[Report on the health of British troops in the Madras command]
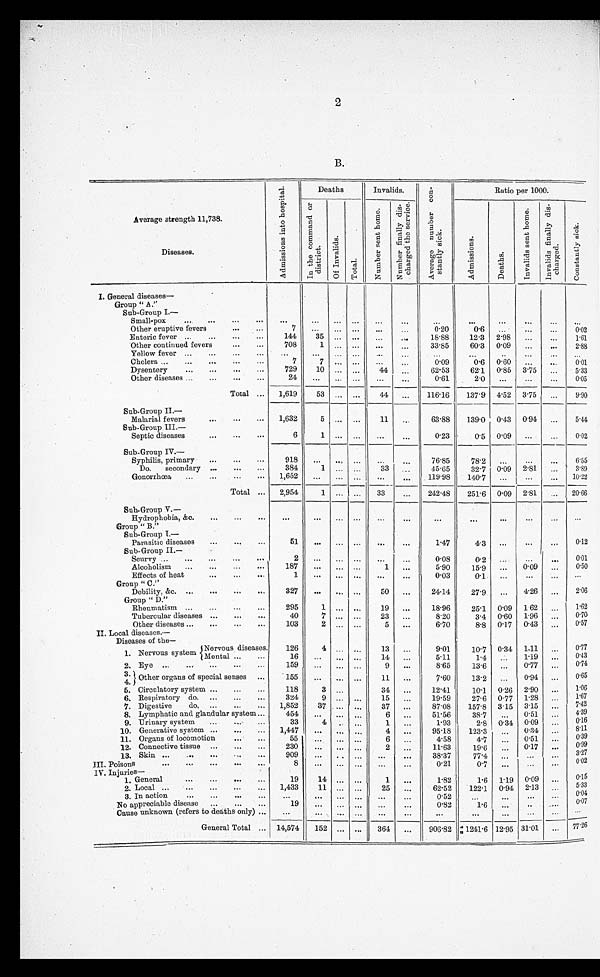
2
B.
Average strength 11,738.
Diseases.
A d m i s s i o n s i n t o h o s p i t a l .
Deaths
Invalids.
A v e r a g e n u m b e r c o n s t a n t l y s i c k .
Ratio per 1000.
I n t h e c o m m a n d o r d i s t r i c t .
O f I n v a l i d s .
T o t a l .
N u m b e r s e n t h o m e . N u m b e r f i n a l l y d i s c h a r g e d t h e s e r v i c e .
A d m i s s i o n s . D e a t h s .
I n v a l i d s s e n t h o m e .
I n v a l i d s f i n a l l y d i s c h a r g e d .
c o n s t a n t l y s i c k .
I. General diseases
—
Group " A."
Sub-Group I.
—
Small-pox
. . .
...
...
. . .
. . .
. . .
...
. . .
... ...
...
. . .
. . .
. . .
...
...
Other eruptive fevers
...
. . .
7
. . .
...
. . .
... ...
0.20
0 . 6
. . .
. . .
...
0.02
Enteric fever ...
...
...
...
144
35
...
. . .
...
...
1 8 . 8 8
1 2 . 3 2.98
...
... 1.61
O t h e r c o n t i n u e d f e v e r s
...
...
708 1
...
. . .
...
...
33.85
60.3
0.09
...
...
2. 88
Y e l l o w f e v e r
. . .
...
...
...
. . .
...
... ...
...
...
...
. . .
. . . ...
...
...
Cholera ...
...
...
...
...
7 7
...
. . .
...
...
0.09
0.6
0.60
...
...
0 . 0 1
Dysentery
...
...
...
...
729
10 ...
. . .
44
...
62.53
62.1
0.85
3 . 7 5
...
5.33
Other diseases ...
...
...
. . .
24
...
...
. . .
. . .
. . .
0.61
2.0
...
...
...
...
0.05
Total ...
1,619
53 ... ...
44
...
116.16
137.9 4.52 3.75. ...
9.90
Sub-Group II.—
Malarial fevers
...
...
...
1,632
5
...
. . .
11
...
63.88
139.0 0 .43 0.94
...
5.44
Sub-Group III.—
Septic diseases
...
...
...
6
1 ...
. . . ...
...
0.23
0.5 0.09
...
...
0.02
Sub-Group IV.
—
Syphilis, primary
...
...
. . .
918
...
... ...
... ...
76.85
78.2
. . . ...
...
6.55
Do.
secondary ...
...
...
384
1 ...
. . .
33
...
45.65
32.7
0 . 0 9
2 . 8 1
...
3.89
Gonorrhœa
...
...
...
...
1,652
...
...
. . .
. . .
. . .
119.98
140.7
...
...
...
10.22
Total ...
2,954
1 ...
. . .
33
...
242.48
251.6 0.09 2.81
...
20.66
Sub-Group V.—
Hydrophobia, &c.
...
...
...
...
. . . ...
. . .
... ...
...
. . .
. . . ...
...
...
Group " B."
Sub-Group I.
—
Parasitic diseases
...
...
...
5 1 ...
...
. . .
... ...
1.47
4.3
. . . ...
...
0.12
Sub-Group II.—
Scurvy ...
...
...
...
. . .
2
. . . ...
. . .
. . . ...
0.08
0 . 2
. . . ...
...
0.01
Alcoholism
...
...
...
...
187
...
...
. . .
1
...
5.90
15.9
. . . 0.09
...
0.50
Effects of heat
...
...
...
1
...
...
. . . ...
...
0.03
0 . 1
... ...
... ...
Group " C.
Debility, &c. ...
...
...
...
327
...
... ...
50
...
24.14
27.9
. . .
4.26
...
2.06
Group ''D."
Rheumatism ...
...
...
...
295
1
... ...
19
...
18.96
25.1
0.09
1.62
...
1.62
Tubercular diseases ...
...
...
40
7
...
. . .
23
...
8.20
3.4 0.60
1.96
...
0.70
Other diseases ...
...
. . .
. . .
103
2 ...
. . .
5
...
6.70
8.8 0.17
0.43
...
0.57
I I . L o c a l d i s e a s e s . —
Diseases of the—
1. Nervous system
Nervous diseases.
126
4 ...
. . . 13
...
9.01
10.7 0.34 1.11
...
0 . 7 7
Mental
. . .
. . .
16
. . . ...
. . .
14 ...
5.11
1.4
. . . 1.19
...
0.43
2.
E y e
. . . . . .
. . .
. . . . . .
159
. . . ...
. .
9
...
8.65
13.6
...
...
0.77
...
...
0.74
3.4
Other organs of special senses ...
155
...
...
. . .
11
...
7.60
13.2
...
0.94
...
0.65
4 .
5. Circulatory system ...
...
...
118
3
...
34
...
12.41
10.1
0 . 26
2 . 90
...
1.06
6. Respiratory do. ...
...
...
324
9
...
. .
. . .
15
...
19.59
27.6 0 . 77 1 . 28
...
1.67
7. Digestive
do. ...
...
...
1,852
37
...
. . .
37
...
87.08
157.8 3 . 15 3.15
...
7.42
8. Lymphatic and glandular system ...
454
. . . ...
. . .
6
...
51.56
38.7
. . .
0.51
...
4.39
9. Urinary system
...
...
. . .
33
4
...
. . .
1
...
1.93
2.8
0 . 3 4
0.09
...
0.16
10. Generative system ...
...
. . .
1,447
...
...
. . .
4
...
95.18
123.3
. . . 0.34
...
8.11
11. Organs of locomotion
...
. . .
55
. . . ...
. . .
6
...
4.58
4.7
...
0.51
...
0.39
12. Connective tissue ...
...
...
230
. . . ...
. . .
2
...
11.63
19.6
...
0.17
...
0.99
13. Skin
. . . . . .
. . . ...
. . .
909
. . . . . .
. . . ...
...
38.37
7 7 . 4 ... ...
...
3.27
III. Poisons
. . .
. . .
. . .
. . .
. . .
8 ...
...
. . . ...
...
0.21
0 . 7
. . . ...
...
0.02
IV. Injuries—
1. General
. . .
...
...
...
19
14
...
. . .
1 ...
1.82
1.6 1. 19 0.09
...
0.15
2. Local
. . .
. . .
...
...
. . .
1,433
11
...
. . .
25
...
62.52
122.1
0.94 2.13
...
5.33
3. In action
...
...
...
. . .
. . .
. . . ...
. . .
...
...
0.52
. . .
. . . ...
...
0.04
No appreciable disease
...
...
. . .
19 ...
... ...
. . .
. . .
0.82
...
. . .
. . .
...
0. 07
Cause unknown (refers to deaths only)...
. . .
. . . ...
. . .
. . .
...
...
...
. . .
. . .
... ...
General Total ... 14,574
152
...
. . .
364
...
906.82
1241 . 6 12. 95 31 . 01
...
77.26